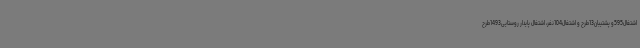
اشتغال595و پشتیبان13طرح و اشتغال104نفر، اشتغال پایدار روستایی1493طرح